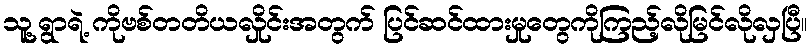
သူ့ရွာရဲ့ ကိုဗစ်တတိယလှိုင်းအတွက် ပြင်ဆင်ထားမှုတွေကိုကြည့်လိုမြင်လိုလှပြီ။